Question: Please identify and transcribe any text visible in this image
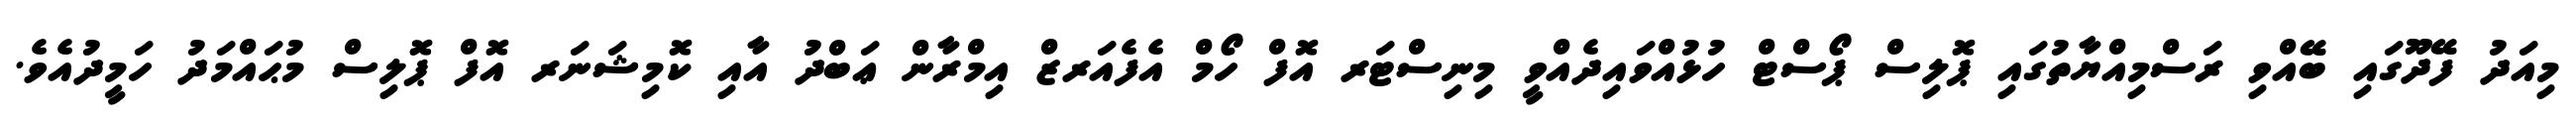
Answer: މިއަދު ފޭދޫގައި ބޭއްވި ރަސްމިއްޔާތުގައި ޕޮލިސް ޕޯސްޓް ހުޅުއްވައިދެއްވީ މިނިސްޓަރ އޮފް ހޯމް އެފެއަރޒް އިމްރާން ޢަބްދު އާއި ކޮމިޝަނަރ އޮފް ޕޮލިސް މުޙައްމަދު ހަމީދުއެވެ.